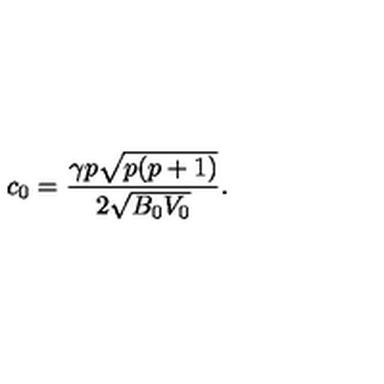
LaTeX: c _ { 0 } = \frac { \gamma p \sqrt { p ( p + 1 ) } } { 2 \sqrt { B _ { 0 } V _ { 0 } } } .